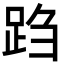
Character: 𬦩